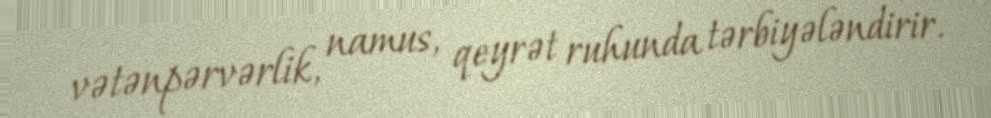
vətənpərvərlik, namus, qeyrət ruhunda tərbiyələndirir.